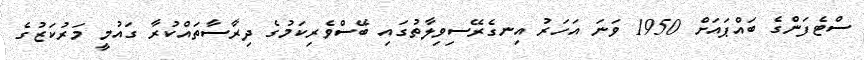
ސްޓެފަންގެ ބައްޕައަށް 1950 ވަނަ އަހަރު އިނގެރޭސިވިލާތުގައި ބޭސްވެރިކަމުގެ ދިރާސާތައްކުރާ ގައުމީ މަރުކަޒުގެ